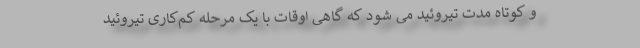
و کوتاه مدت تیروئید می شود که گاهی اوقات با یک مرحله کم‌کاری تیروئید